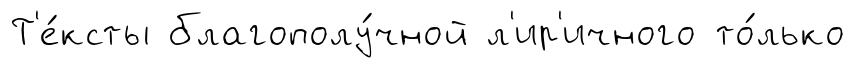
Т'е́ксты благополу́чной л'ир'ичного то́лько